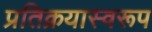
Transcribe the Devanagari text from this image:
प्रतिक्रयास्वरूप